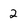
Character: 2